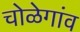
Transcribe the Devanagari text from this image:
चोळेगांव